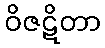
ဝိဇဋိတာ